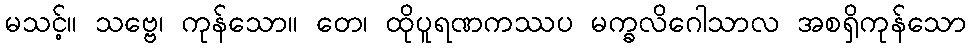
မသင့်။ သဗ္ဗေ၊ ကုန်သော။ တေ၊ ထိုပူရဏကဿပ မက္ခလိဂေါသာလ အစရှိကုန်သော